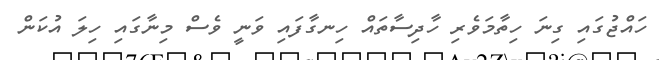
ހައްޖުގައި ގިނަ ހިތާމަވެރި ހާދިސާތައް ހިނގާފައި ވަނީ ވެސް މިނާގައި ހިލަ އުކަން